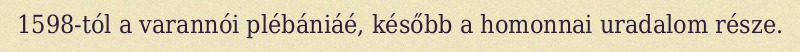
1598-tól a varannói plébániáé, később a homonnai uradalom része.